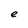
Character: e